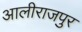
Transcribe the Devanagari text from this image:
आलीराजपुर